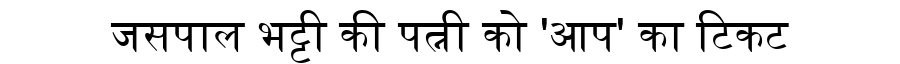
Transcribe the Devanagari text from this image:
जसपाल भट्टी की पत्नी को 'आप' का टिकट